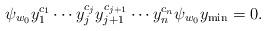
LaTeX: \begin{align*}\psi_{w_0}y_1^{c_1}\cdots y_j^{c_j}y_{j+1}^{c_{j+1}}\cdots y_n^{c_n}\psi_{w_{0}}y_{\min}=0.\end{align*}